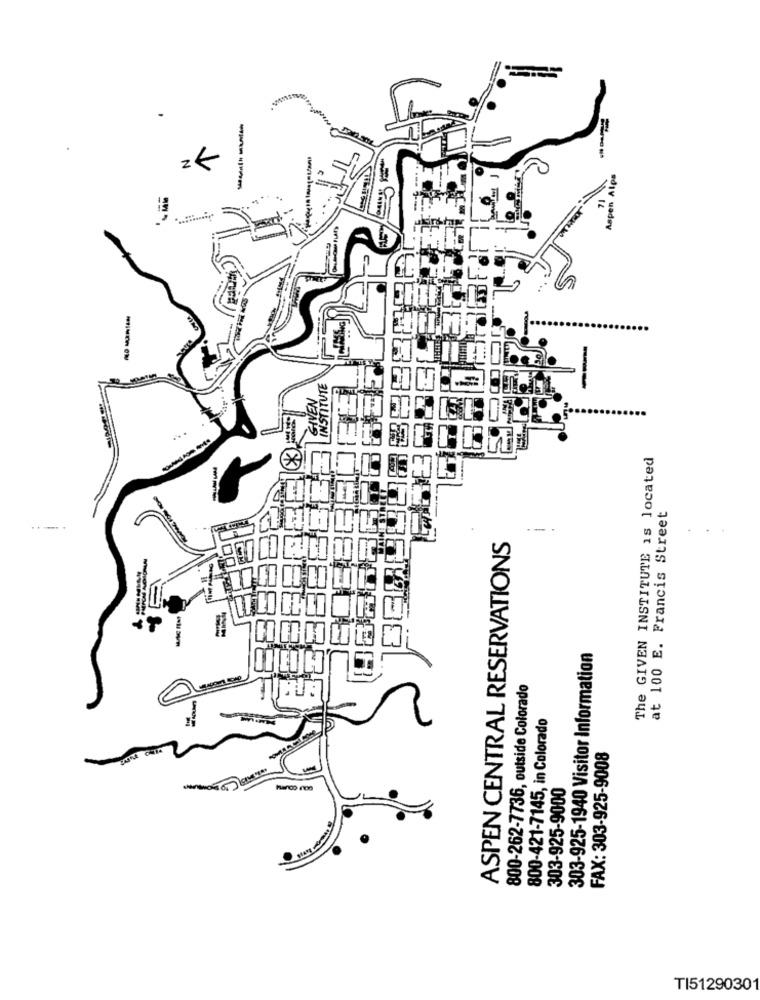
----
N
Aspen Alps
The GIVEN INSTITUTE is located
---
at 100 E. Francis Street
ASPEN CENTRAL RESERVATIONS
303-925-1940 Visitor Information
800-262-7736, outside Colorado
800-421-7145, in Colorado
FAX: 303-925-9008
303-925-9000
TI51290301